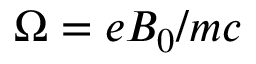
\Omega = e B _ { 0 } / m c